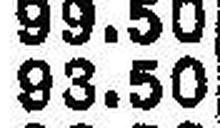
93.50